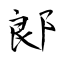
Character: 郞